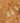
انا